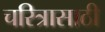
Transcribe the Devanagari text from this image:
चरित्रासाठी